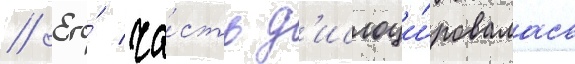
// Его́ ча́сть д'ислоци́ровалась